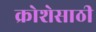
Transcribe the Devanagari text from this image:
क्रोशेसाठी